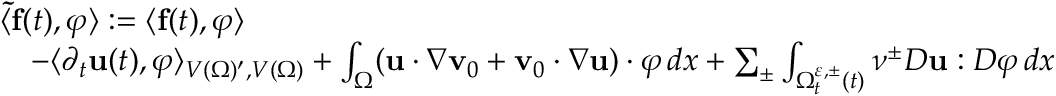
\begin{array} { r l } & { \langle \mathbf { \tilde { f } } ( t ) , \boldsymbol \varphi \rangle : = \langle \mathbf { f } ( t ) , \boldsymbol \varphi \rangle } \\ & { \quad - \langle \partial _ { t } \mathbf { u } ( t ) , \boldsymbol { \varphi } \rangle _ { V ( \Omega ) ^ { \prime } , V ( \Omega ) } + \int _ { \Omega } ( \mathbf { u } \cdot \nabla \mathbf { v } _ { 0 } + \mathbf { v } _ { 0 } \cdot \nabla \mathbf { u } ) \cdot \boldsymbol { \varphi } \, d x + \sum _ { \pm } \int _ { \Omega _ { t } ^ { \ensuremath { \varepsilon } , \pm } ( t ) } \nu ^ { \pm } D \mathbf { u } : D \boldsymbol { \varphi } \, d x } \end{array}